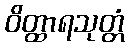
ဝိတ္ထာရသုတ္တံ